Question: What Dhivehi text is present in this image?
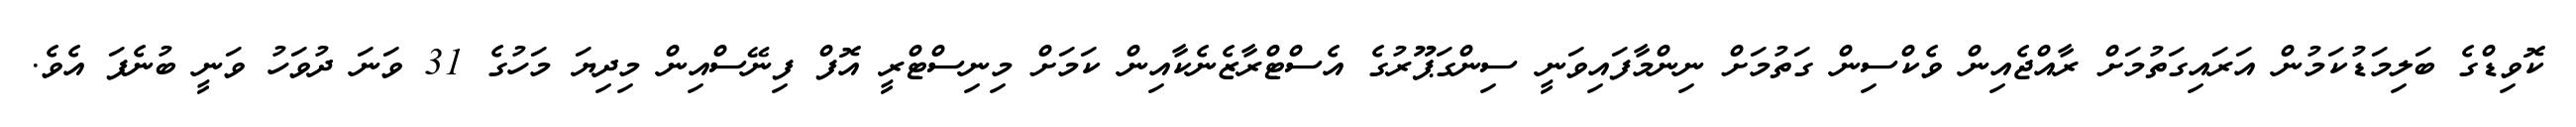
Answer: ކޮވިޑްގެ ބަލިމަޑުކަމުން އަރައިގަތުމަށް ރާއްޖެއިން ވެކްސިން ގަތުމަށް ނިންމާފައިވަނީ ސިންގަޕޫރުގެ އެސްޓްރާޒެނެކާއިން ކަމަށް މިނިސްޓްރީ އޮފް ފިނޭސްއިން މިދިޔަ މަހުގެ 31 ވަނަ ދުވަހު ވަނީ ބުނެފަ އެވެ.